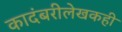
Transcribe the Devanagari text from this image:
कादंबरीलेखकही